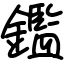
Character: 鑑